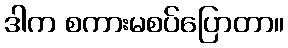
ဒါက စကားမစပ်ပြောတာ။